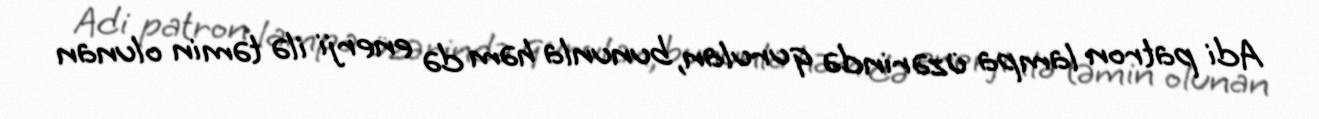
Adi patron lampa üzərində qurulan, bununla həm də enerji ilə təmin olunan